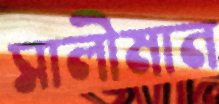
সালীমান